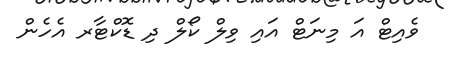
ވެއިޓް އަ މިނަޓް އައި ވިލް ކޯލް ދި ޑޮކްޓާރ އެހެން